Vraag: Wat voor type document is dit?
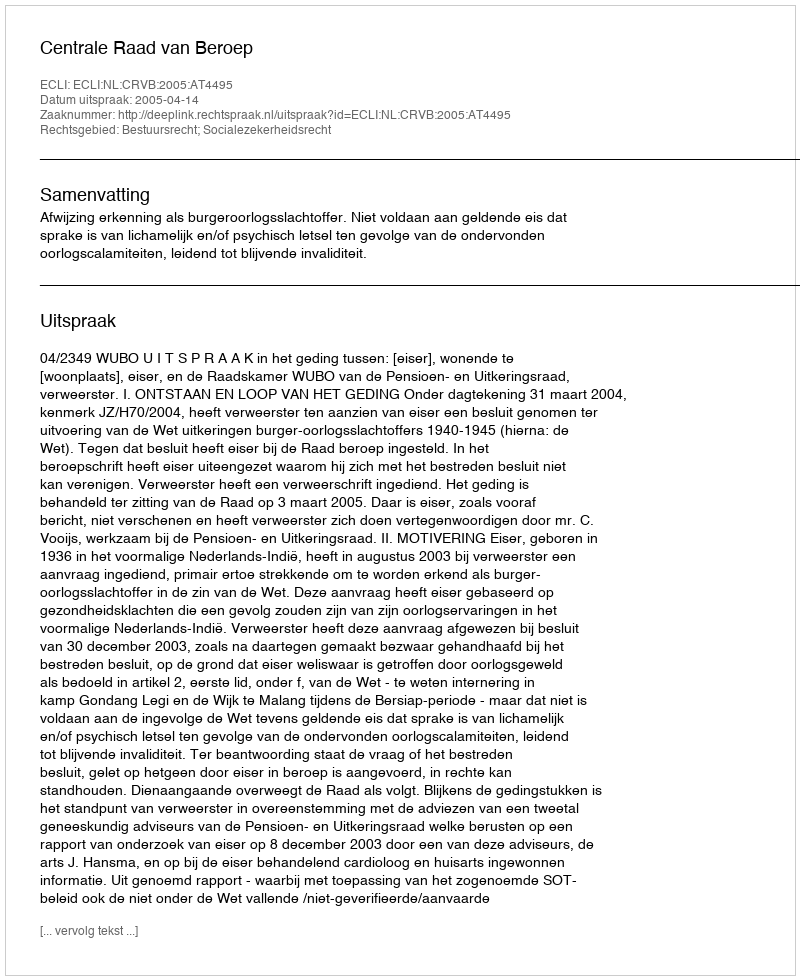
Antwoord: Uitspraak